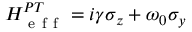
H _ { \mathrm { ~ e ~ f ~ f ~ } } ^ { P T } = i \gamma \sigma _ { z } + \omega _ { 0 } \sigma _ { y }